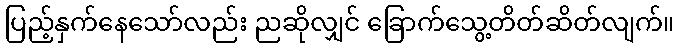
ပြည့်နှက်နေသော်လည်း ညဆိုလျှင် ခြောက်သွေ့တိတ်ဆိတ်လျက်။